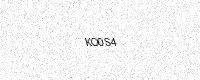
Text: KO0S4